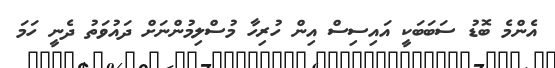
އެންމެ ބޮޑު ސަބަބަކީ އައިސިސް އިން ހުރިހާ މުސްލިމުންނަށް ދައުވަތު ދެނީ ހަމަ